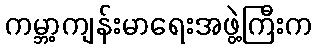
ကမ္ဘာ့ကျန်းမာရေးအဖွဲ့ကြီးက